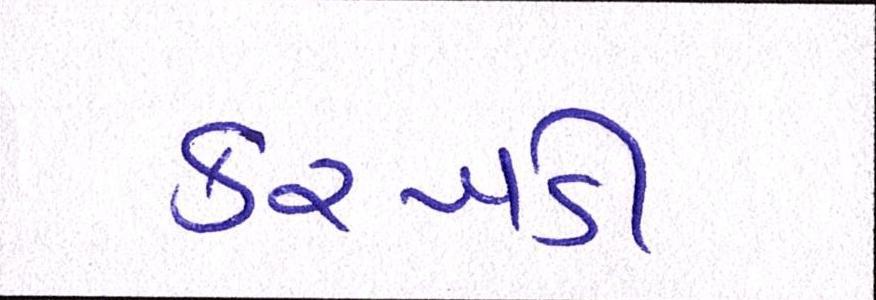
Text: કરખડી